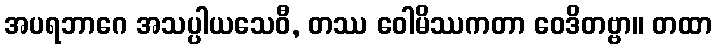
အပရဘာဂေ အသပ္ပါယသေဝီ, တဿ ဝေါမိဿကတာ ဝေဒိတဗ္ဗာ။ တထာ